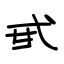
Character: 甙